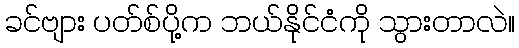
ခင်ဗျား ပတ်စ်ပို့က ဘယ်နိုင်ငံကို သွားတာလဲ။